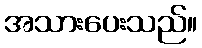
အသားပေးသည်။